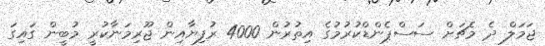
ޖަމަލް ދެ މެޗަށް ސަސްޕެންޑްކުރުމުގެ އިތުރުން 4000 ރުފިޔާއިން ޖޫރިމަނާކުރީ މުބީން ގައިގަ